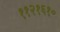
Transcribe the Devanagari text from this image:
११२१६१०